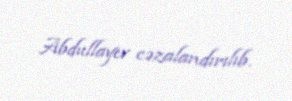
Abdullayev cəzalandırılıb.